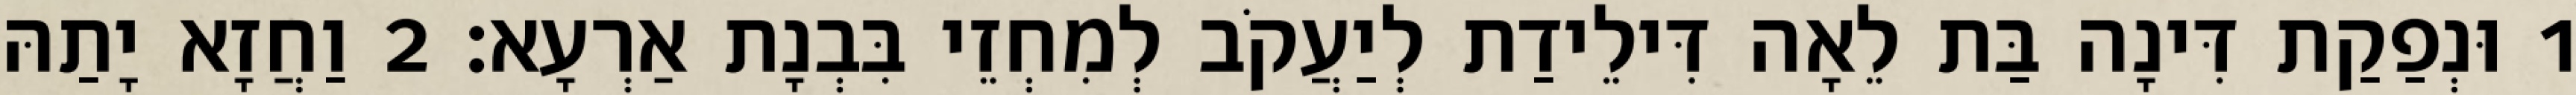
1 וּנְפַקַת דִּינָה בַּת לֵאָה דִּילֵידַת לְיַעֲקֹב לְמִחְזֵי בִּבְנָת אַרְעָא׃ 2 וַחֲזָא יָתַהּ